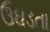
ઉઘડતા